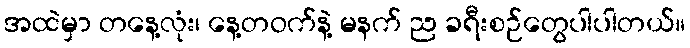
အထဲမှာ တနေ့လုံး၊ နေ့တဝက်နဲ့ မနက် ည ခရီးစဉ်တွေပါပါတယ်။